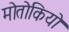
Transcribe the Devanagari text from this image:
मोतोकियो